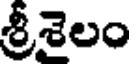
శ్రీశైలం